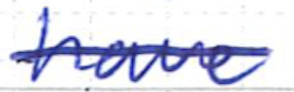
Text: have
Cross-out: single-line
Writing tool: ballpoint